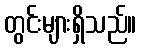
တွင်းများရှိသည်။